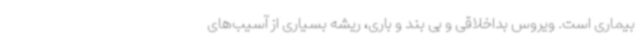
بیماری است. ویروس بداخلاقی و بی بند و باری، ریشه بسیاری از آسیب‌های